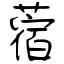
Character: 蓿